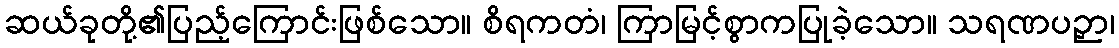
ဆယ်ခုတို့၏ပြည့်ကြောင်းဖြစ်သော။ စိရကတံ၊ ကြာမြင့်စွာကပြုခဲ့သော။ သရဏပဉှာ၊